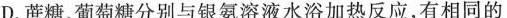
D.蔗糖、葡萄糖分别与银氨溶液水浴加热反应，有相同的